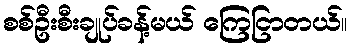
စစ်ဦးစီးချုပ်ခန့်မယ် ကြေငြာတယ်။